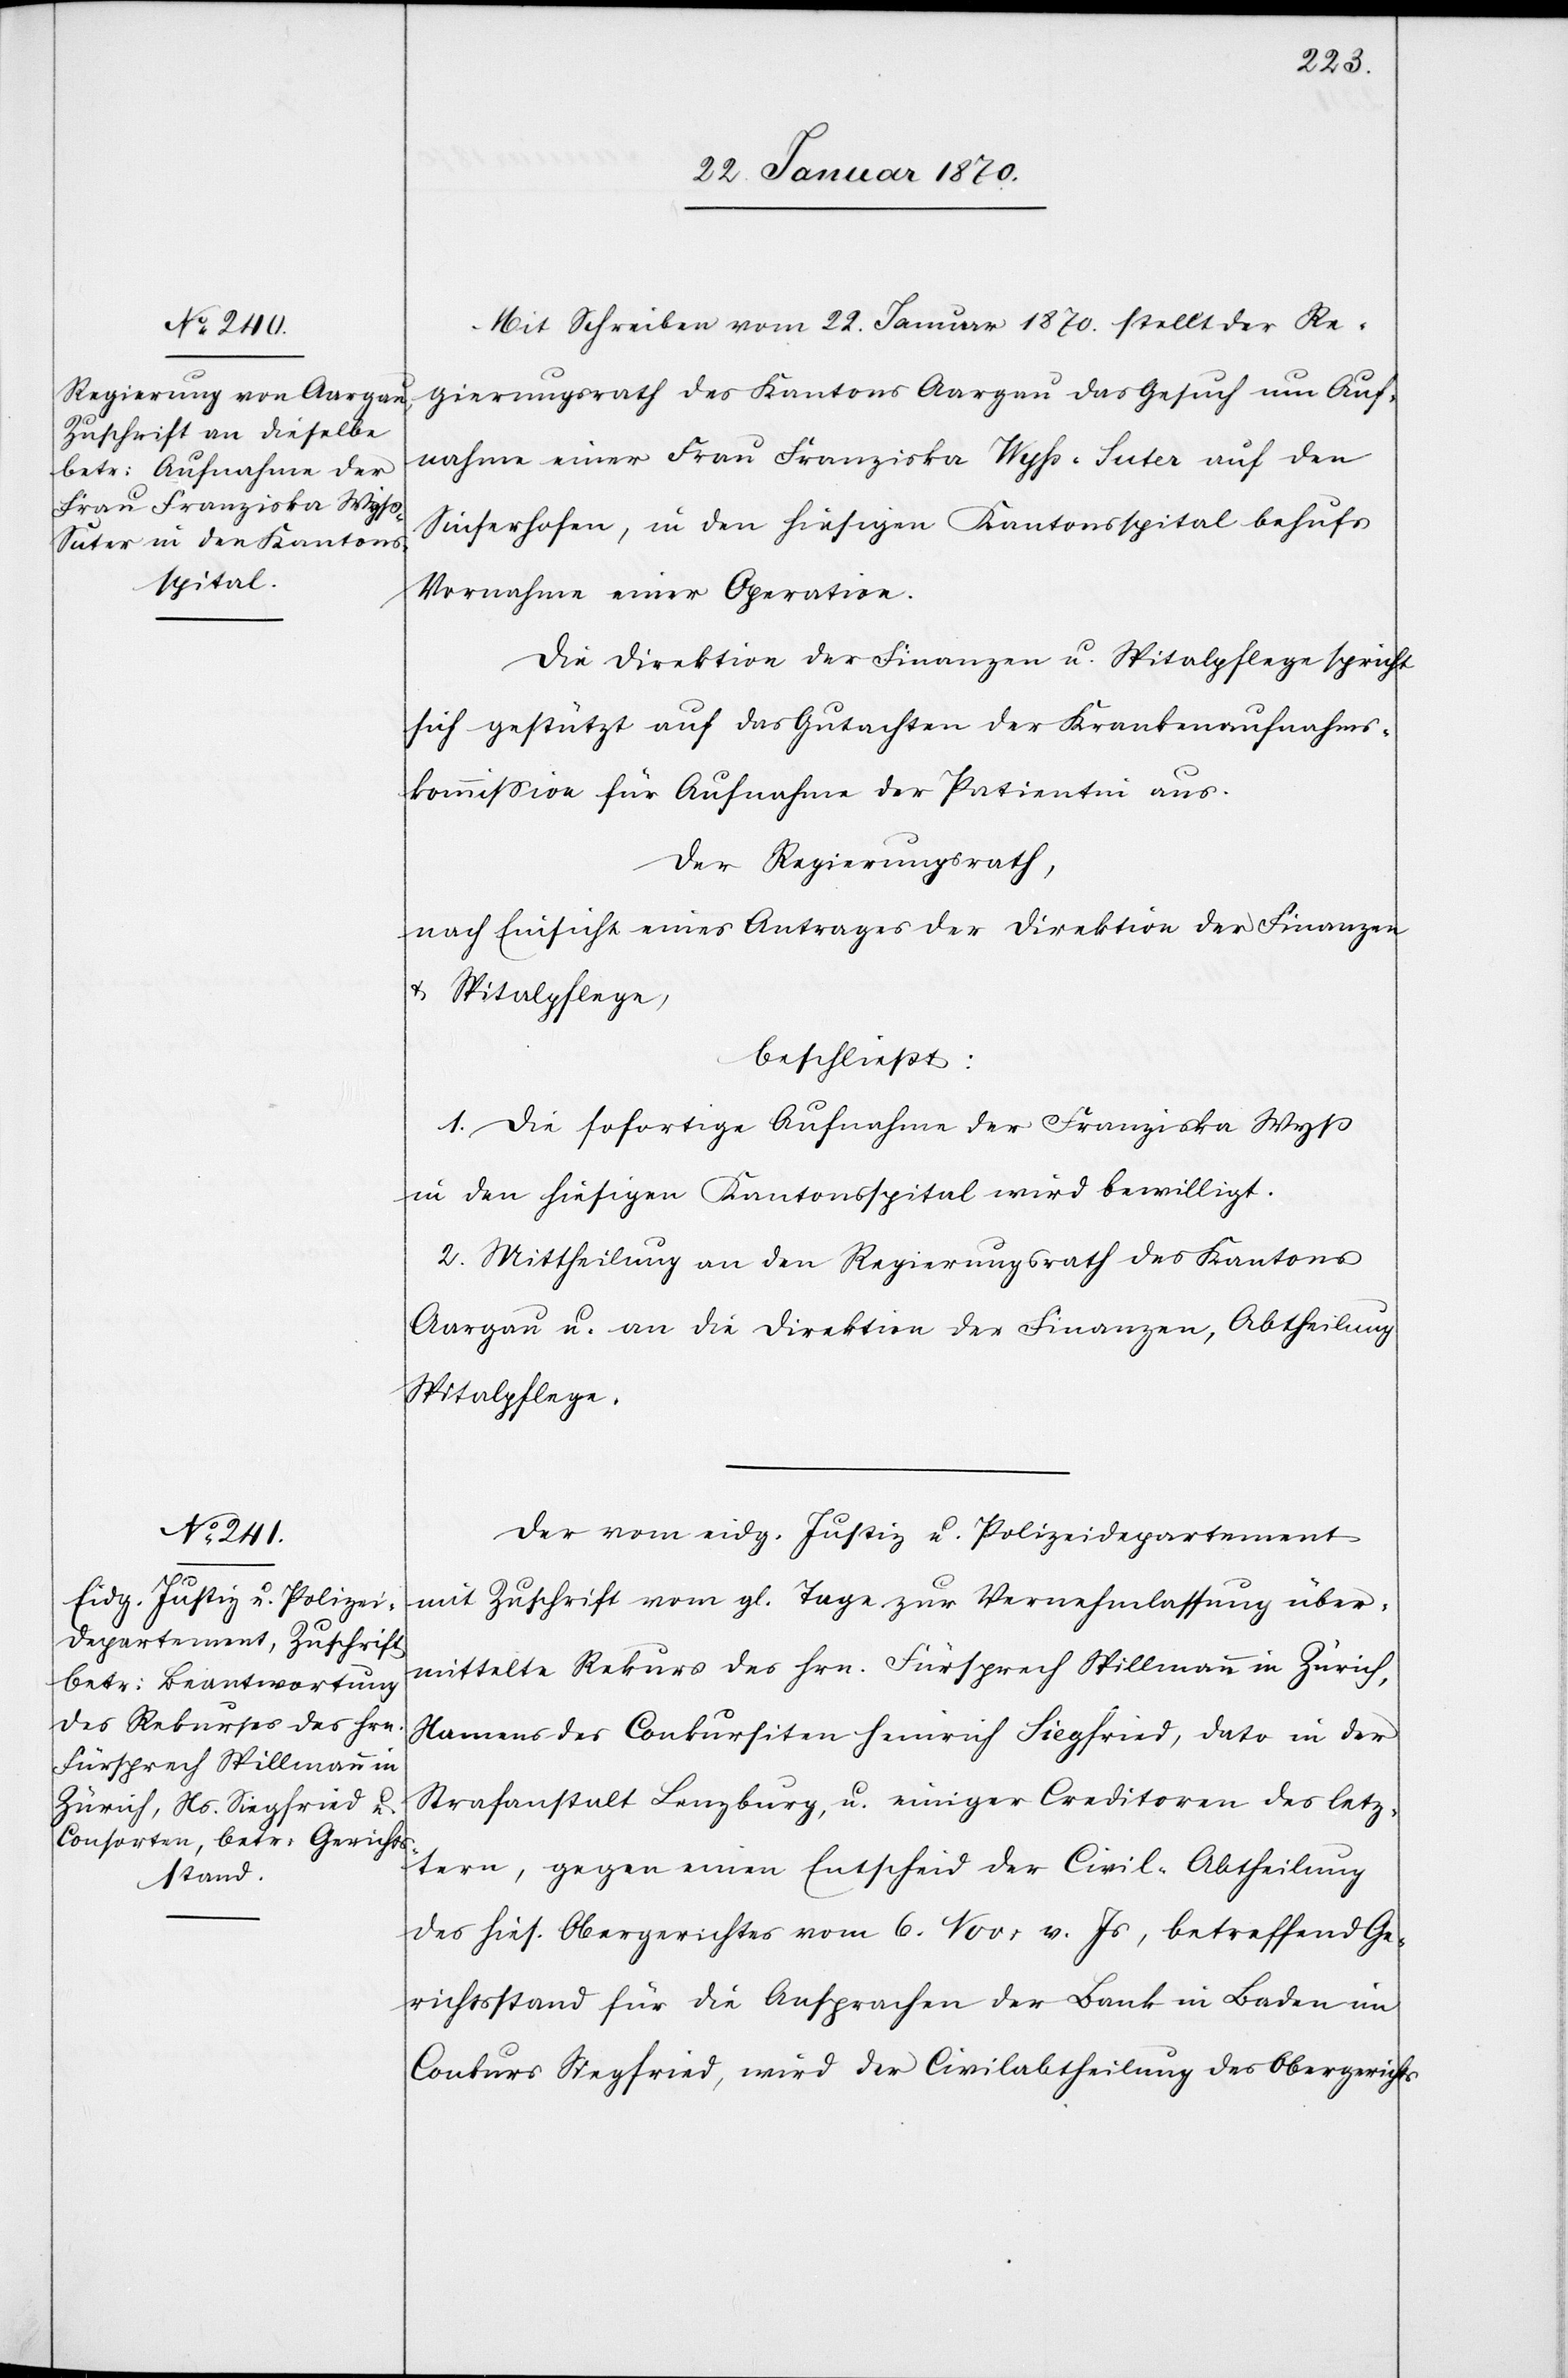
26. Januar 1870]
Mit Schreiben vom 22. Januar 1870. stellt der Re¬
gierungsrath des Kantons Aargau das Gesuch um Auf¬
nahme einer Frau Franziska Wyß-Suter auf den
Sinserhöfen, in den hiesigen Kantonsspital behufs
Vornahme einer Operation.
Die Direktion der Finanzen u. Spitalpflege spricht
sich gestützt auf das Gutachten der Krankenaufnahms¬
kommission für Aufnahme der Patientin aus.
Der Regierungsrath,
nach Einsicht eines Antrages der Direktion der Finanzen
u. Spitalpflege
beschließt:
1. Die sofortige Aufnahme der Franziska Wyß
in den hiesigen Kantonsspital wird bewilligt.
2. Mittheilung an den Regierungsrath des Kantons
Aargau u. an die Direktion der Finanzen, Abtheilung
Spitalpflege.
Der vom eidg. Justiz[-] u. Polizeidepartement
mit Zuschrift vom gl. Tage zur Vernehmlassung über¬
mittelte Rekurs des Hrn. Fürsprech Spillmann in Zürich,
Namens des Conkursiten Heinrich Siegfried, dato in der
Strafanstalt Lenzburg, u. einiger Creditoren des letz¬
tern, gegen einen Entscheid der Civil-Abtheilung
des hies. Obergerichtes vom 6. Nov: v. Js, betreffend Ge¬
richtsstand für die Ansprachen der Bank in Baden im
Conkurs Siegfried, wird der Civilabtheilung des Obergerichts